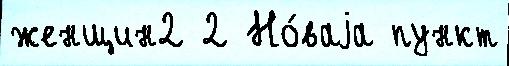
женщин2 2 Но́ваjа пункт